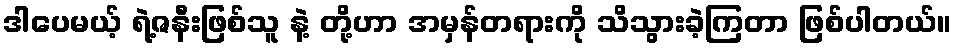
ဒါပေမယ့် ရဲ့ဇနီးဖြစ်သူ နဲ့ တို့ဟာ အမှန်တရားကို သိသွားခဲ့ကြတာ ဖြစ်ပါတယ်။